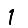
Digit: 1